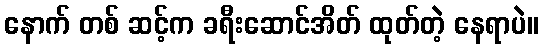
နောက် တစ် ဆင့်က ခရီးဆောင်အိတ် ထုတ်တဲ့ နေရာပဲ။